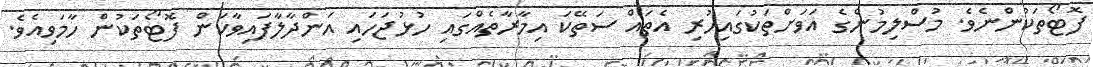
ފޮޓޯތަކުންނެވެ. މުސްލިމުންގެ އަވަށްތަކުގައިހުރި އެތައް ސަތޭކަ އިމާރާތެއްގައި ހުޅުޖަހައި އަންދާލާފައިވާކަން ފޮޓޯތަކުން ހާމަވިއެވެ.